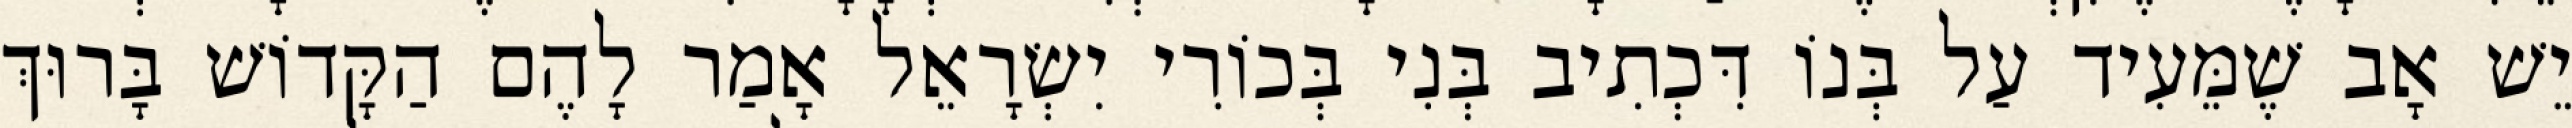
יֵשׁ אָב שֶׁמֵּעִיד עַל בְּנוֹ דִּכְתִיב בְּנִי בְּכוֹרִי יִשְׂרָאֵל אָמַר לָהֶם הַקָּדוֹשׁ בָּרוּךְ